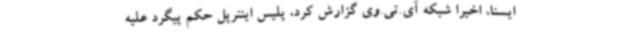
ایسنا، اخیرا شبکه آی.تی.وی گزارش کرد، پلیس اینترپل حکم پیگرد علیه